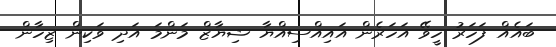
ބައެއް ފަހަރު ހީވޭ އަހަރެން އައިއްސިއްޔާ ޝިޔާޒް މަންމަ އަދި ވަކިން ޒިހާން